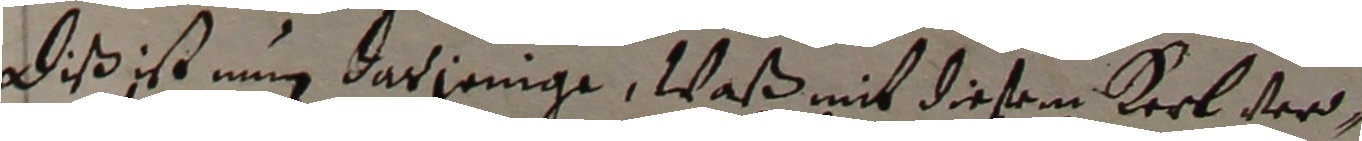
Diß ist nug darjenige, waß mit diesem kerlver